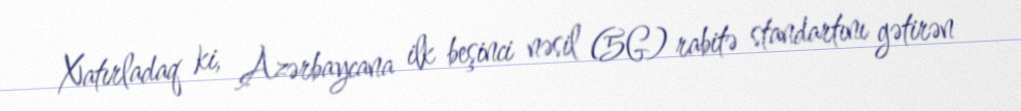
Xatırladaq ki, Azərbaycana ilk beşinci nəsil (5G) rabitə standartını gətirən